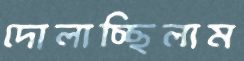
দোলাচ্ছিলাম